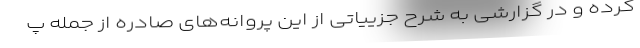
کرده و در گزارشی به شرح جزییاتی از این پروانه‌های صادره از جمله پ